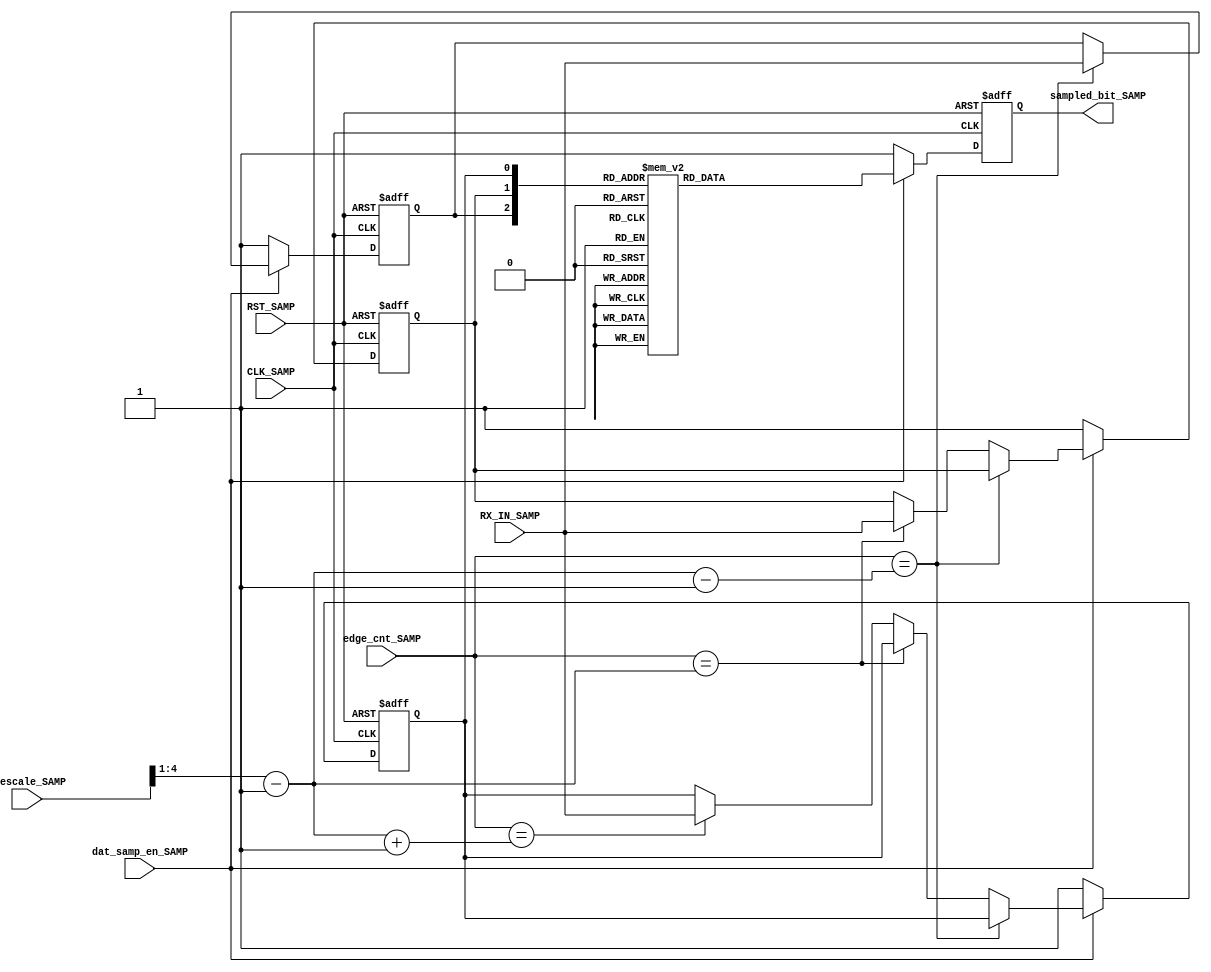
module DATA_SAMP_URT_RX  #(parameter  PRESCALE_WIDTH =5)( 
   input     wire                              CLK_SAMP,
   input     wire                              RST_SAMP,
   input     wire     [PRESCALE_WIDTH-1:0]     Prescale_SAMP,
   input     wire                              RX_IN_SAMP,
   input     wire                              dat_samp_en_SAMP,
   input     wire     [3:0]                    edge_cnt_SAMP,

   output    reg                               sampled_bit_SAMP  
);

///////////internal signals to get sampling time 
wire [3:0] first_sample_edge,last_sample_edge,center_sample_edge;

///////////internal signals to store samples
reg     first_sample,second_sample,third_sample;
      
          
always @(posedge CLK_SAMP or negedge RST_SAMP)
    begin
       if(!RST_SAMP)
            begin
               sampled_bit_SAMP<='b1;      // default in idle equal "1"
             end
       else if (dat_samp_en_SAMP)
            begin
            case({first_sample,second_sample,third_sample})
            3'b000: sampled_bit_SAMP<='b0;
            3'b001: sampled_bit_SAMP<='b0;
            3'b010: sampled_bit_SAMP<='b0;
            3'b011: sampled_bit_SAMP<='b1;
            3'b100: sampled_bit_SAMP<='b0;
            3'b101: sampled_bit_SAMP<='b1;
            3'b110: sampled_bit_SAMP<='b1;
            3'b111: sampled_bit_SAMP<='b1;
            endcase
           end             
        else 
           begin
             sampled_bit_SAMP<='b1;      // default in idle equal "1"
           end                 
         end


always @(posedge CLK_SAMP or negedge RST_SAMP)
    begin
       if(!RST_SAMP)
            begin
                first_sample<='b1;
                second_sample<='b1;
                third_sample<='b1;
             end

         else if(dat_samp_en_SAMP )
             begin
                   if (edge_cnt_SAMP == first_sample_edge)
                     first_sample<=RX_IN_SAMP;
                
                else if (edge_cnt_SAMP == center_sample_edge)
                     second_sample<=RX_IN_SAMP;

                else if (edge_cnt_SAMP == last_sample_edge)
                     third_sample<=RX_IN_SAMP;
              end
    
           else
              begin
                first_sample<='b1;
                second_sample<='b1;
                third_sample<='b1;
              end      
          end





assign center_sample_edge=(Prescale_SAMP>>1)-1;
assign first_sample_edge =center_sample_edge-1;
assign last_sample_edge  =center_sample_edge+1;

endmodule